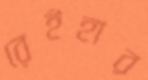
রেইহার